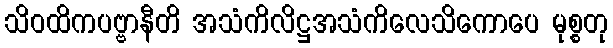
သိဝထိကပဗ္ဗာနီတိ အသံကိလိဋ္ဌအသံကိလေသိကောပေ မုစ္စတု